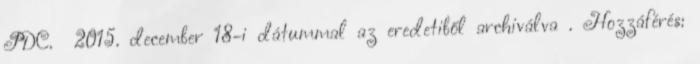
PDC. 2015. december 18-i dátummal az eredetiből archiválva . Hozzáférés: